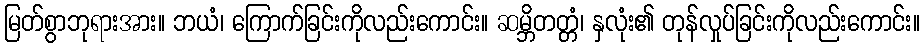
မြတ်စွာဘုရားအား။ ဘယံ၊ ကြောက်ခြင်းကိုလည်းကောင်း။ ဆမ္ဘိတတ္တံ၊ နှလုံး၏ တုန်လှုပ်ခြင်းကိုလည်းကောင်း။